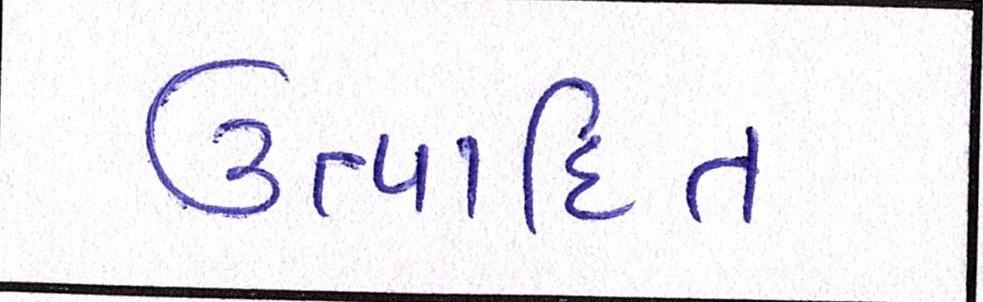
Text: ઉત્પાદિત